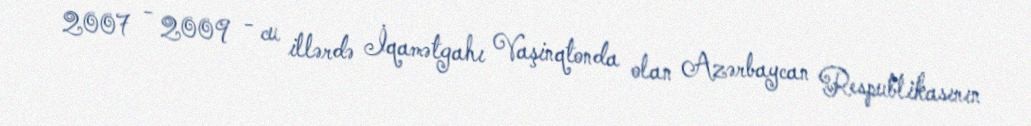
2007 - 2009 - cu illərdə İqamətgahı Vaşinqtonda olan Azərbaycan Respublikasının